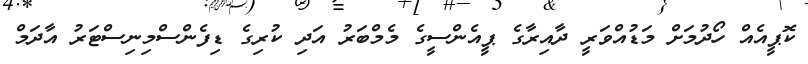
ކޮޕީއެއް ހޯދުމަށް މަޑުއްވަރީ ދާއިރާގެ ޕީއެންސީގެ މެމްބަރު އަދި ކުރިގެ ޑިފެންސްމިނިސްޓަރު އާދަމް